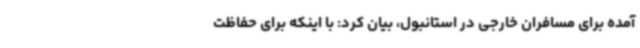
آمده برای مسافران خارجی در استانبول، بیان کرد: با اینکه برای حفاظت